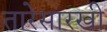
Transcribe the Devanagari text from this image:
तारेसारखी